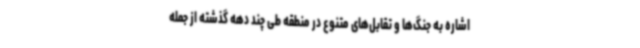
اشاره به جنگ‌ها و تقابل‌های متنوع در منطقه طی چند دهه‌ گذشته از جمله